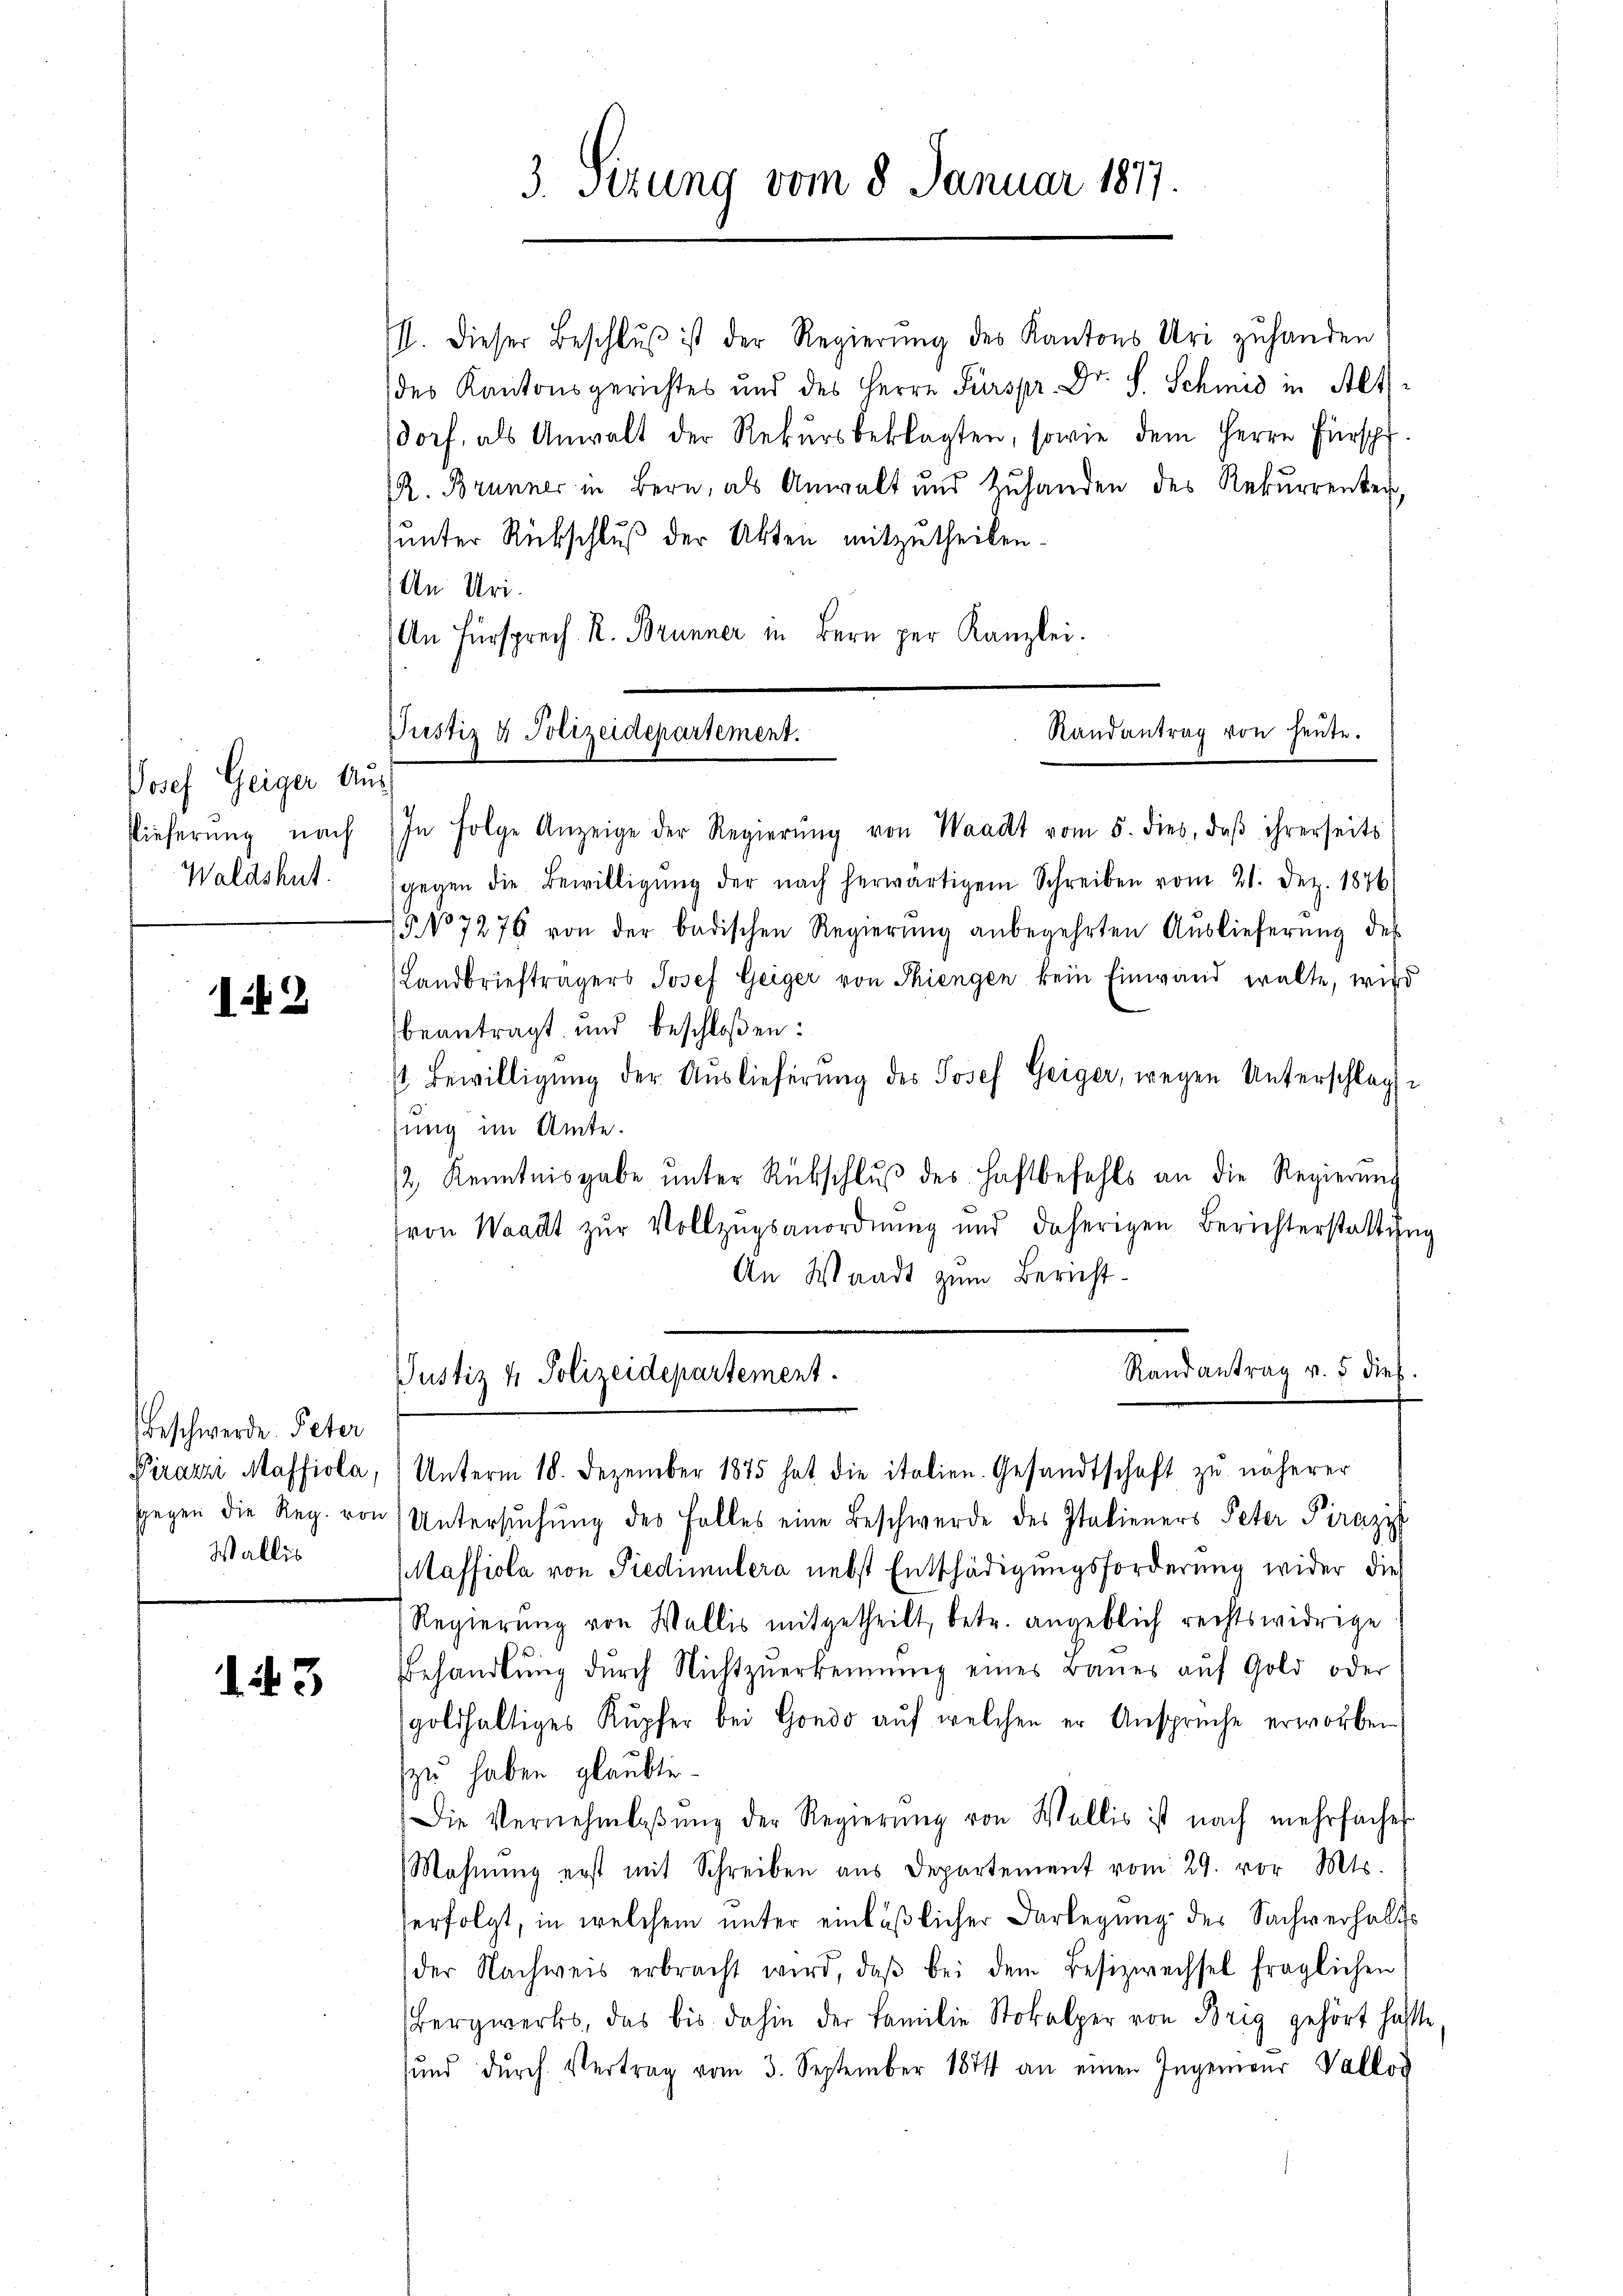
Josef Geiger Aus
Rieferung nach
Waldshut.

12

Beschwerde. Peter
Wallis

. 3

3. Sizung vom 8. Januar 1877.

II. Dieser Beschlŭβ ist der Regierŭng des Kantons Uri zŭhanden
(des Kantonsgerichtes und des Herrn Fürspr. Dr. S. Schmid in Alt-
dorf, als Anwalt der Rekŭrsbeklagten, sowie dem Herrn Fürspf
R. Brunner in Bern, als Anwalt und Zŭhanden des Rekurrenten
sunter Rückschluß der Akten mitzutheilen.
An Uri.
An Fürsprech R. Brunner in Bern per Kanzlei.
In Folge Anzeige der Regierŭng von Waadt vom 5. dies, daβ ihrerseits
gegen die Bewilligŭng der nach herwärtigem Schreiben vom 21. Dez. 1876
No 7276 von der badischen Regierŭng anbegehrten Aŭslieferŭng des
Landbriefträgers Josef Geiger von Thiengen kein Einwand walte, wird
beantragt und beschloßen:
 Bewilligŭng der Auslieferŭng des Josef Geiger, wegen Unterschlag
sung im Amte.
/2 Kenntnisgabe ŭnter Rückschlŭβ des Haftbefehls an die Regierŭng
von Waadt zŭr Vollzŭgsanordnŭng und daherigen Berichterstattung
An Waadt zum Bericht
Randantrag v. 5 dies.
Justiz & Polizeidepartement.
Pirazzi Masfiola, Unterm 18. Dezember 1875 hat die italien. Gesandtschaft zu näherer
Gegen die Reg. von Untersŭchŭng des Falles eine Beschwerde des Italieners Peter Pirazi
Maffiola von Predimulera nebst Entschädigungsforderung wider dies
Regierŭng von Wallis mitgetheilt, betr. angeblich rechtswidrige
Behandlŭng dŭrch Nichtzŭerkennung eines Baŭes aŭf Gold oder
goldhaltiges Kupfer bei Gondo auf welchen er Ansprüche erworben
zu haben glaubte.
Die Vernehmlaβŭng der Regierŭng von Wallis ist nach mehrfache
Mahnŭng erst mit Schreiben aus Departement vom 29. vor. Mts.
erfolgt, in welchem unter einläßlicher Darlegung des Sachverhalts
der Nachweis erbracht wird, daβ bei dem Besizwechsel fraglichen
Bergwerks, das bis dahin der Familie Stokalper von Brig gehört hatte
sŭnd dŭrch Vertrag vom 3. September 1874 an einen Ingenieur Vallog

Randantrag von heute.
Justiz & Polizeidepartement.